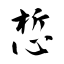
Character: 惁